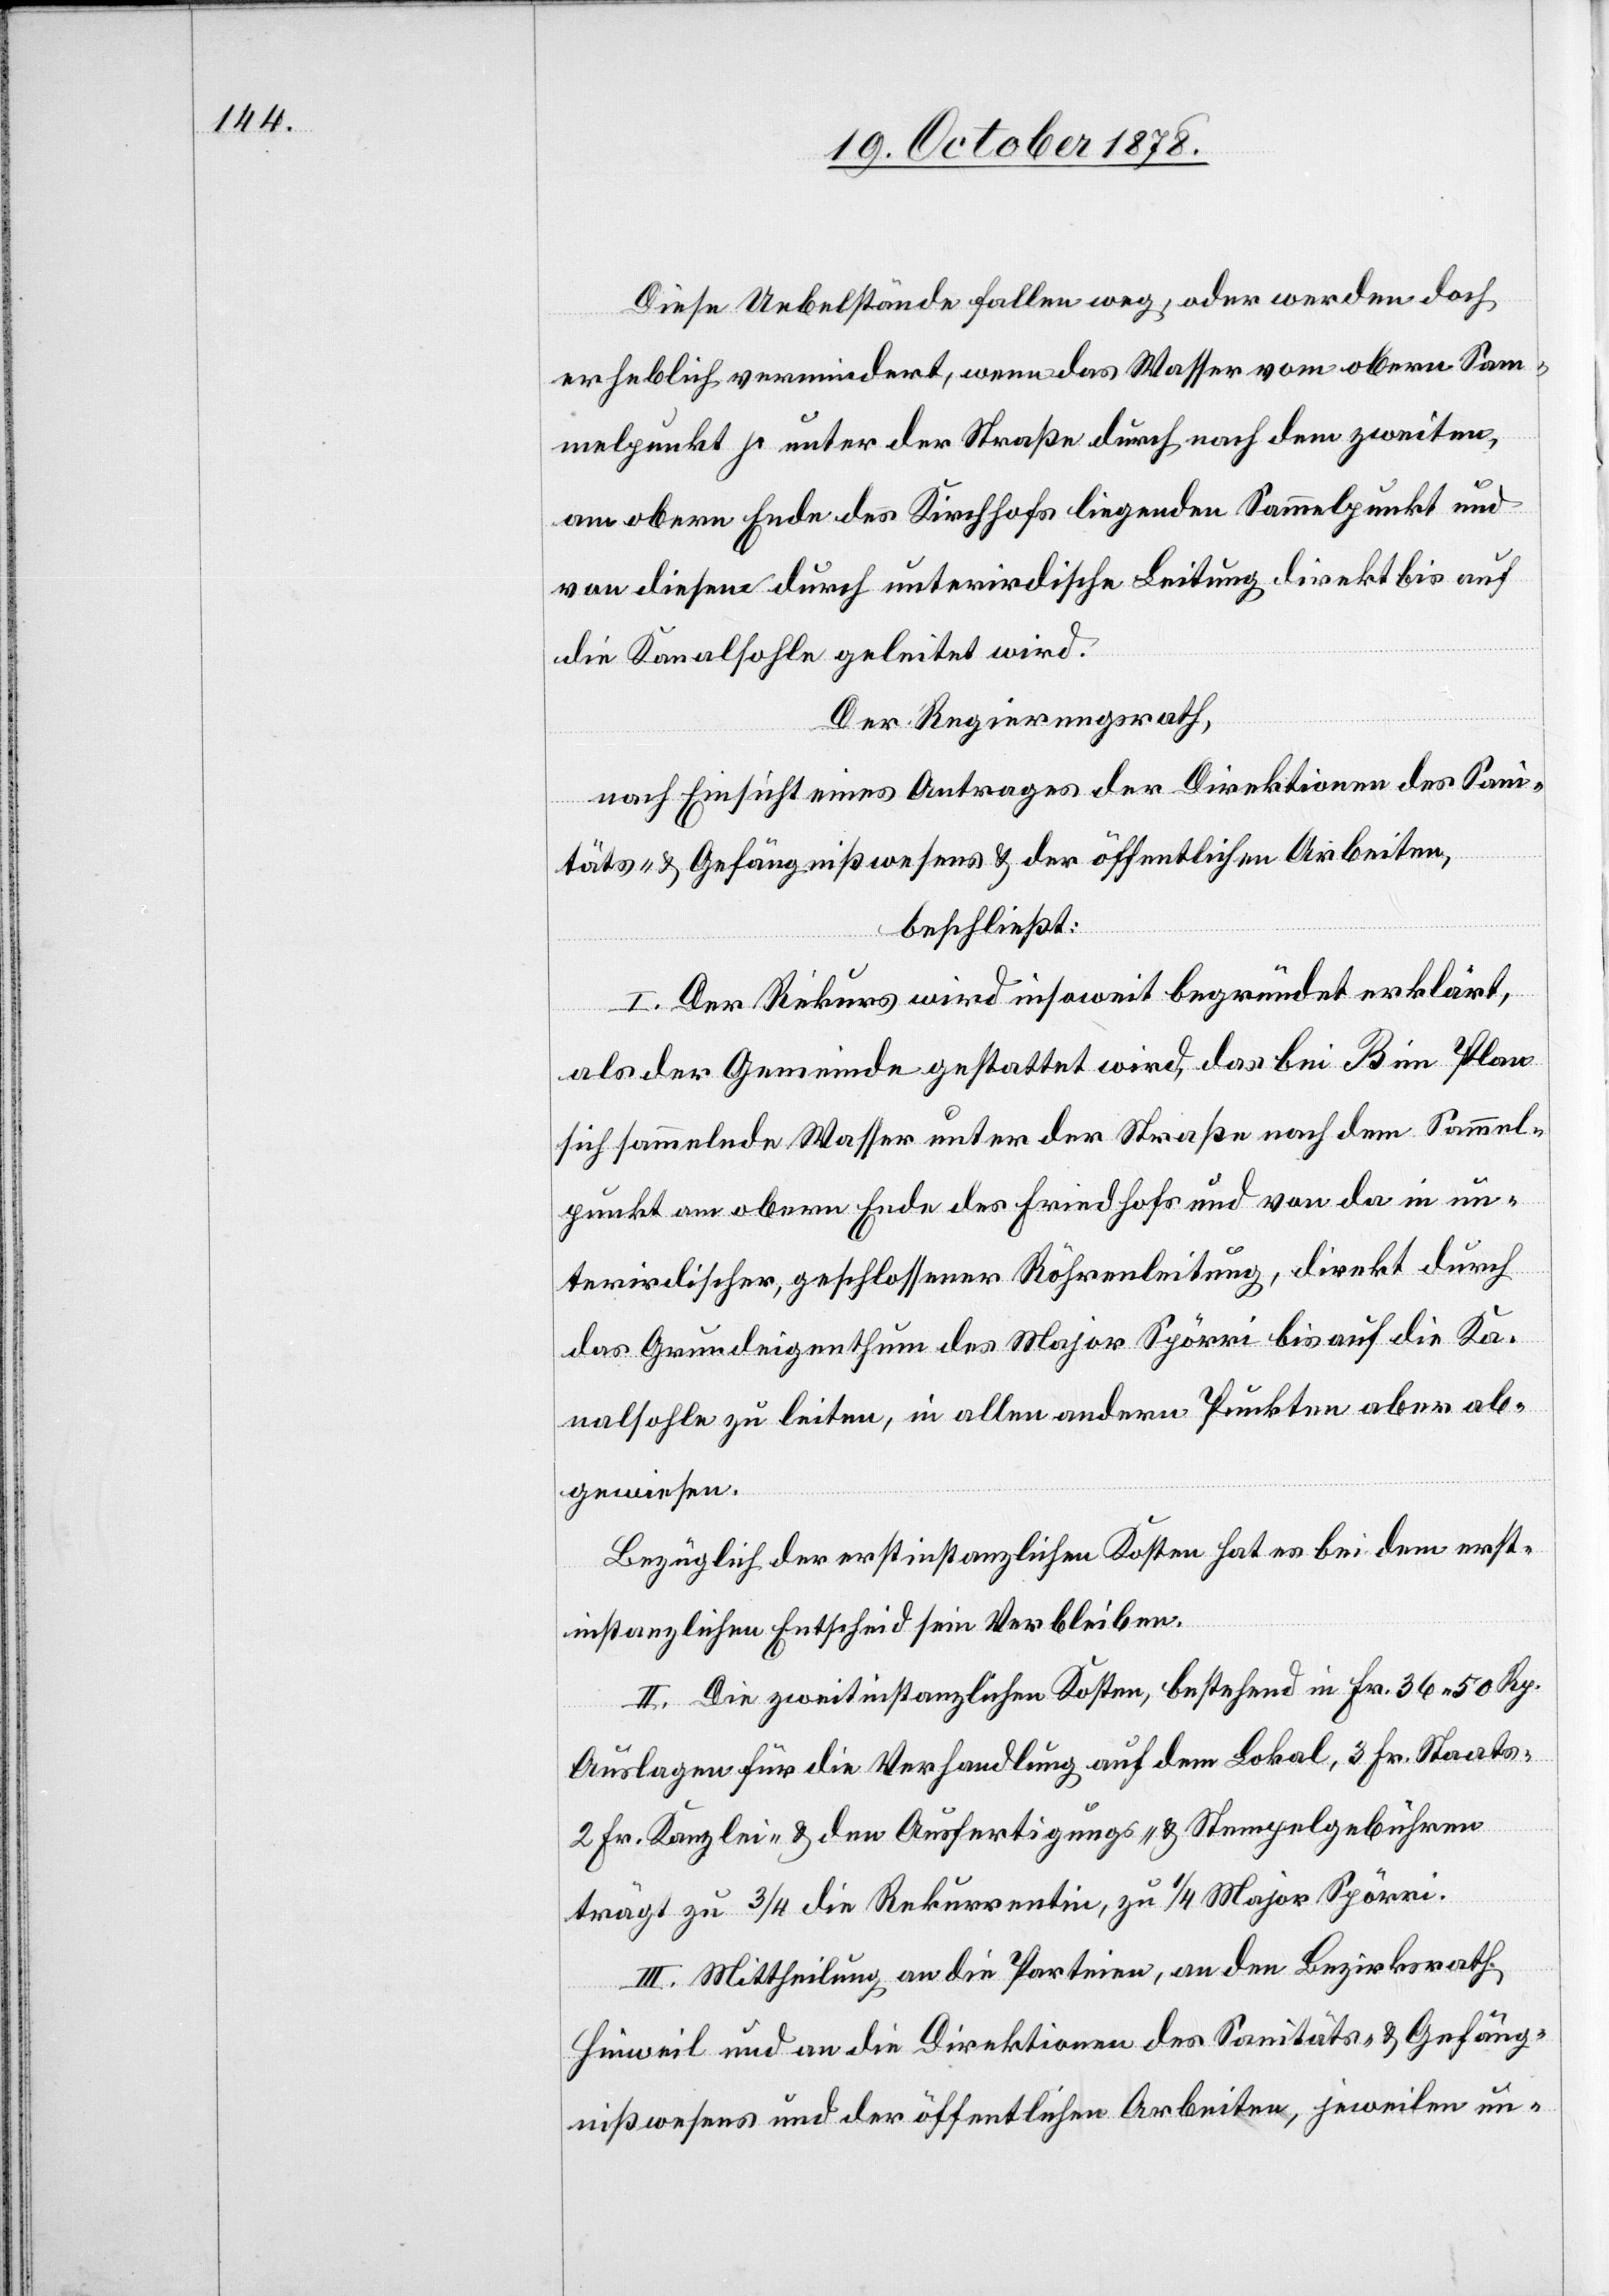
Diese Uebelstände fallen weg, oder werden doch
erheblich vermindert, wenn das Wasser vom obern Sam¬
melpunkt γ unter der Straße durch nach dem zweiten,
am obern Ende des Kirchhofs liegenden Sammelpunkt und
von diesem durch unterirdische Leitung direkt bis auf
die Kanalsohle geleitet wird.
Der Regierungsrath,
nach Einsicht eines Antrages der Direktion des Sani¬
täts- & Gefängnißwesens & der öffentlichen Arbeiten,
beschließt:
I. Der Rekurs wird insoweit begründet erklärt,
als der Gemeinde gestattet wird, das bei B im Plan
sich sammelnde Wasser unter der Straße nach dem Sammel¬
punkt am obern Ende des Friedhofs und von da in un¬
terirdischer, geschlossener Röhrenleitung, direkt durch
das Grundeigenthum des Major Spörri bis auf die Ka¬
nalsohle zu leiten, in allen andern Punkten aber ab¬
gewiesen.
Bezüglich der erstinstanzlichen Kosten hat es bei dem erst¬
instanzlichen Entscheid sein Verbleiben.
II. Die zweitinstanzlichen Kosten, bestehend in Fr. 36 50 Rp.
Auslagen für die Verhandlung auf dem Lokal, 3 Fr. Staats-[,]
2 Fr. Kanzlei- & den Ausfertigungs- und Stempelgebühren
trägt zu 3/4 die Rekurrentin, zu 1/4 Major Spörri.
III. Mittheilung an die Parteien, an den Bezirksrath
Hinweil und an die Direktion des Sanitäts- & Gefäng¬
nißwesens und der öffentlichen Arbeiten, jeweilen un-